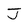
Character: J